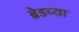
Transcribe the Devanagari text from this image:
ब्रेडच्या